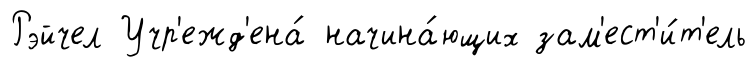
Рэйчел Учр'ежд'ена́ начина́ющих зам'ест'и́т'ель